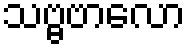
သဗ္ဗဗာလော